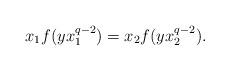
LaTeX: \begin{align*}x_1f(yx_1^{q-2})=x_2f(yx_2^{q-2}).\end{align*}